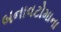
બનાવટોમાના